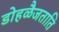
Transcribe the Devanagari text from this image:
डोहळैजताति